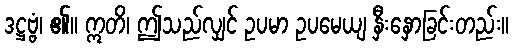
ဒဋ္ဌဗ္ဗံ၊ ၏။ ဣတိ၊ ဤသည်လျှင် ဥပမာ ဥပမေယျ နှီးနှောခြင်းတည်း။